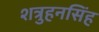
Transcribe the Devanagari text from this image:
शत्रुहनसिंह